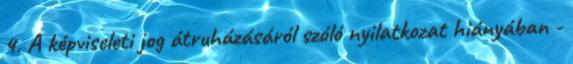
4. A képviseleti jog átruházásáról szóló nyilatkozat hiányában -